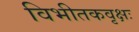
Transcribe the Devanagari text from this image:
विभीतकवृक्षः